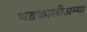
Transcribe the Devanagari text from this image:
भद्रकालीअम्मा